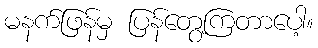
မနက်ဖြန်မှ ပြန်တွေ့ကြတာပေါ့။